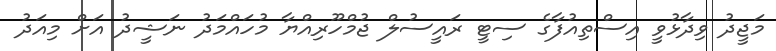
މަޖީދު ވިދާޅުވީ އިސްތިއުފާގެ ސިޓީ ރައީސުލް ޖުމްހޫރިއްޔާ މުހައްމަދު ނަޝީދު އަށް މިއަދު